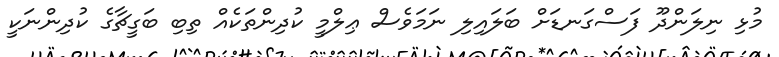
މުޅި ނިލަންދޫ ފަސްގަނޑަށް ބަލައިލި ނަމަވެސް ޢިލްމީ ކުދިންތަކެއް ތިބި ބަގީޗާގެ ކުދިންނަކީ